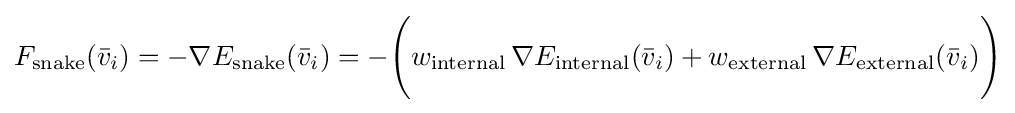
F_{\text{snake}}({\bar {v}}_{i})=-\nabla E_{\text{snake}}({\bar {v}}_{i})=-{\Bigg (}w_{\text{internal}}\,\nabla E_{\text{internal}}({\bar {v}}_{i})+w_{\text{external}}\,\nabla E_{\text{external}}({\bar {v}}_{i}){\Bigg )}